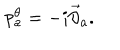
p _ { a } ^ { \theta } = - i \overrightarrow { \partial } _ { a } .